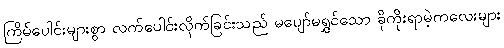
ကြိမ်ပေါင်းများစွာ လက်ပေါင်းလိုက်ခြင်းသည် မပျော်မရွှင်သော ခိုကိုးရာမဲ့ကလေးများ